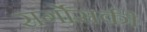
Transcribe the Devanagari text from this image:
सर्गोसकी